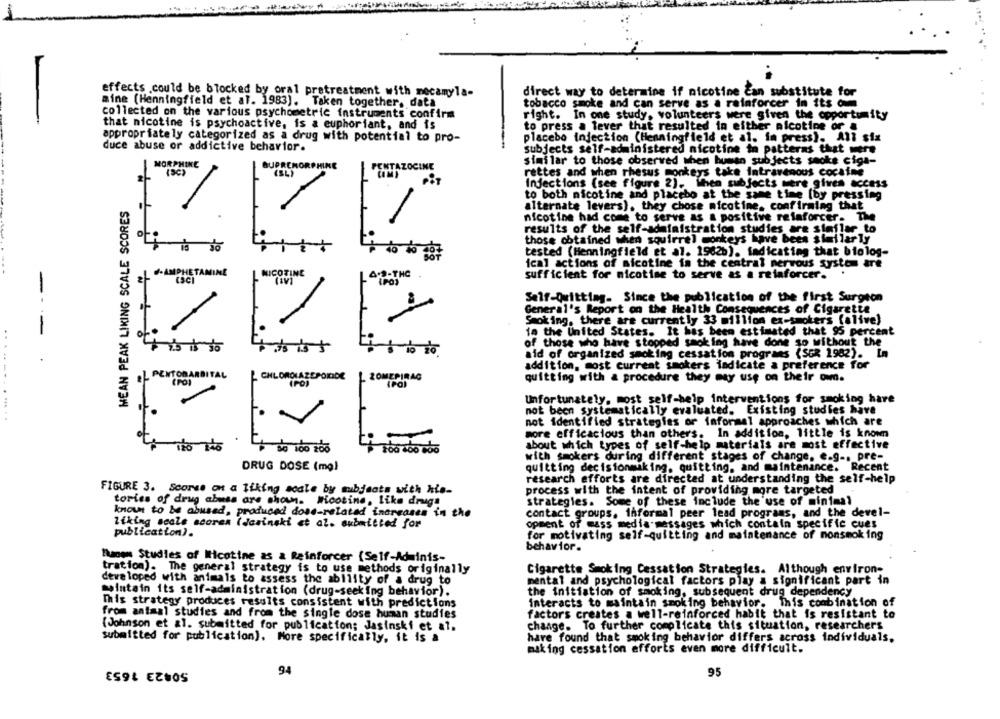
effects .could be blocked by oral pretreatment with mecamyla-
direct way to determine if nicotine can substitute for
mine (Henningfield et al. 1983). Taken together, data
tobacco smoke and can serve as a rainforcer in its om
collected on the various psychometric instruments confirm
right. In one study, volunteers were given the opportunity
-
that nicotine is psychoactive, is a euphoriant, and is
to press a lever that resulted in either nicotine or &
appropriately categorized as a drug with potential to pro-
placebo injection (Henningfield et al. in press), All six
duce abuse or addictive behavior.
subjects self-administered nicotine in patterns that were
ZOCINE
similar to those observed when human subjects seoke cigs-
rettes and when rhesus monkeys take intravenous cocaine
Injections (see figure 2). When subjects were gives access
to both nicotine and placebo at the same time [by pressing
MEAN PEAK LIKING SCALE SCORES
alternate levers), they chose nicotine, confirming that
nicotine had come to serve as a positive reinforcer. The
results of the self-administration studies are similar to
those obtained when squirrel monkeys have been similarly
tested (Henningfield et al. 1982b), fadicating that biolog-
ical actions of nicotine in the central nervous system are
NICOTINE
4.9-THC
2+ +. AMPHETAMINE
sufficient for nicotise to serve as a reinforcer.
Self-Quitting. Since the publication of the first Surgeon
General's Report on the Health Consequences of Cigarette
Smoking, there are currently 33 million ex-smokers (alive)
in the United States. It has been estimated that 95 percent
of
1
of those who have stopped smoking have done so without the
aid of organized smoking cessation programs (SER 1982).
addition, most current smokers indicate a preference for
L PENTOBARBITAL
(PO)
ZOMEPIRAC
quitting with & procedure they may use on their own.
(PO)
Unfortunately, most self-help interventions for smoking have
not been systematically evaluated. Existing studies have
.............
not identified strategies or faformal approaches which are
more efficacious than others. In addition, little is known
about which types of self-help materials are most effective
Do 100 106
with smokers during different stages of change, e.g ., pre-
DRUG DOSE (mg)
quitting decisionmaking, quitting, and maintenance. Recent
research efforts are directed at understanding the self-help
FIGURE 3. Scores on a Tiking scale by subjects with his-
process with the intent of providing more targeted
tories of drug abuse are shown. Micotine, like drugs
strategies. Some of these include the'use of minimal
known to be abused, produced dose-related increases in the
contact groups. informal peer lead programs, and the devel-
liking seale scores (Jasinski et al. submitted for
opment of mass media messages which contain specific cues
publication).
for motivating self-quitting and maintenance of nonsmoking
behavior.
"haben Studies of Nicotine as & Reinforcer (Self-Adminis-
tration). The general strategy is to use methods originally
Cigarette Smoking Cessation Strategies. Although environ-
developed with animals to assess the ability of a drug to
mental and psychological factors play a significant part in
maintain its self-administration (drug-seeking behavior).
the initiation of smoking, subsequent drug dependency
This strategy produces results consistent with predictions
interacts to maintain smoking behavior. This combination of
from animal studies and from the single dose human studies
factors creates a well-reinforced habit that is resistant to
change.
To further complicate this situation, researchers
(Johnson et al. submitted for publication; Jasinski et al.
submitted for publication). More specifically, it is a
have found that smoking behavior differs across individuals.
making cessation efforts even more difficult.
94
95